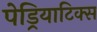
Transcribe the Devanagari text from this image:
पेड्रियाटिक्स